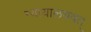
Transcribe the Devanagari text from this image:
न्यायालयवत्